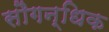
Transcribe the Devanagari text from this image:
सौगन्धिक